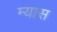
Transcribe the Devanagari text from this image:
म्यास